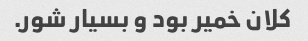
کلان خمیر بود و بسیار شور.